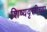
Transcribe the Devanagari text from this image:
शिष्यवृत्तीच्या